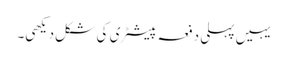
یہیں پہلی دفعہ پیسٹری کی شکل دیکھی۔